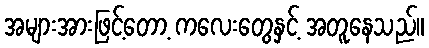
အများအားဖြင့်တော့ ကလေးတွေနှင့် အတူနေသည်။